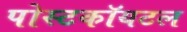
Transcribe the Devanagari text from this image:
पोस्टकॉयटल